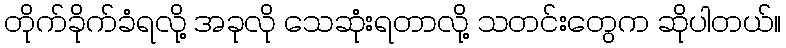
တိုက်ခိုက်ခံရလို့ အခုလို သေဆုံးရတာလို့ သတင်းတွေက ဆိုပါတယ်။